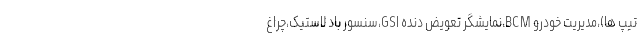
تیپ ها)،مدیریت خودرو BCM،نمایشگر تعویض دنده GSI،سنسور باد لاستیک،چراغ